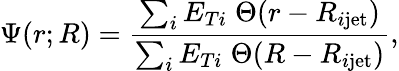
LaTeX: \Psi(r;R)=\frac{\sum_{i}E_{Ti}\; \Theta(r-R_{i\mathrm{jet}})}{\sum_{i}E_{Ti}\; \Theta(R-R_{i\mathrm{jet}})},